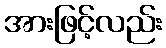
အားဖြင့်လည်း